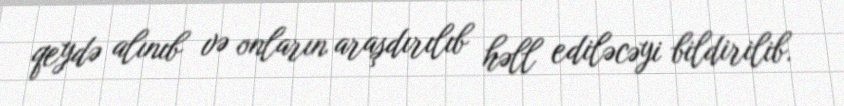
qeydə alınıb və onların araşdırılıb həll ediləcəyi bildirilib.